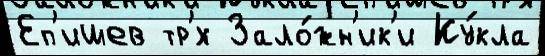
Еп'ишев тр'́х Зало́жн'ик'и Ку́кла